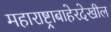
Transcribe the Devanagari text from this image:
महाराष्ट्राबाहेरदेखील